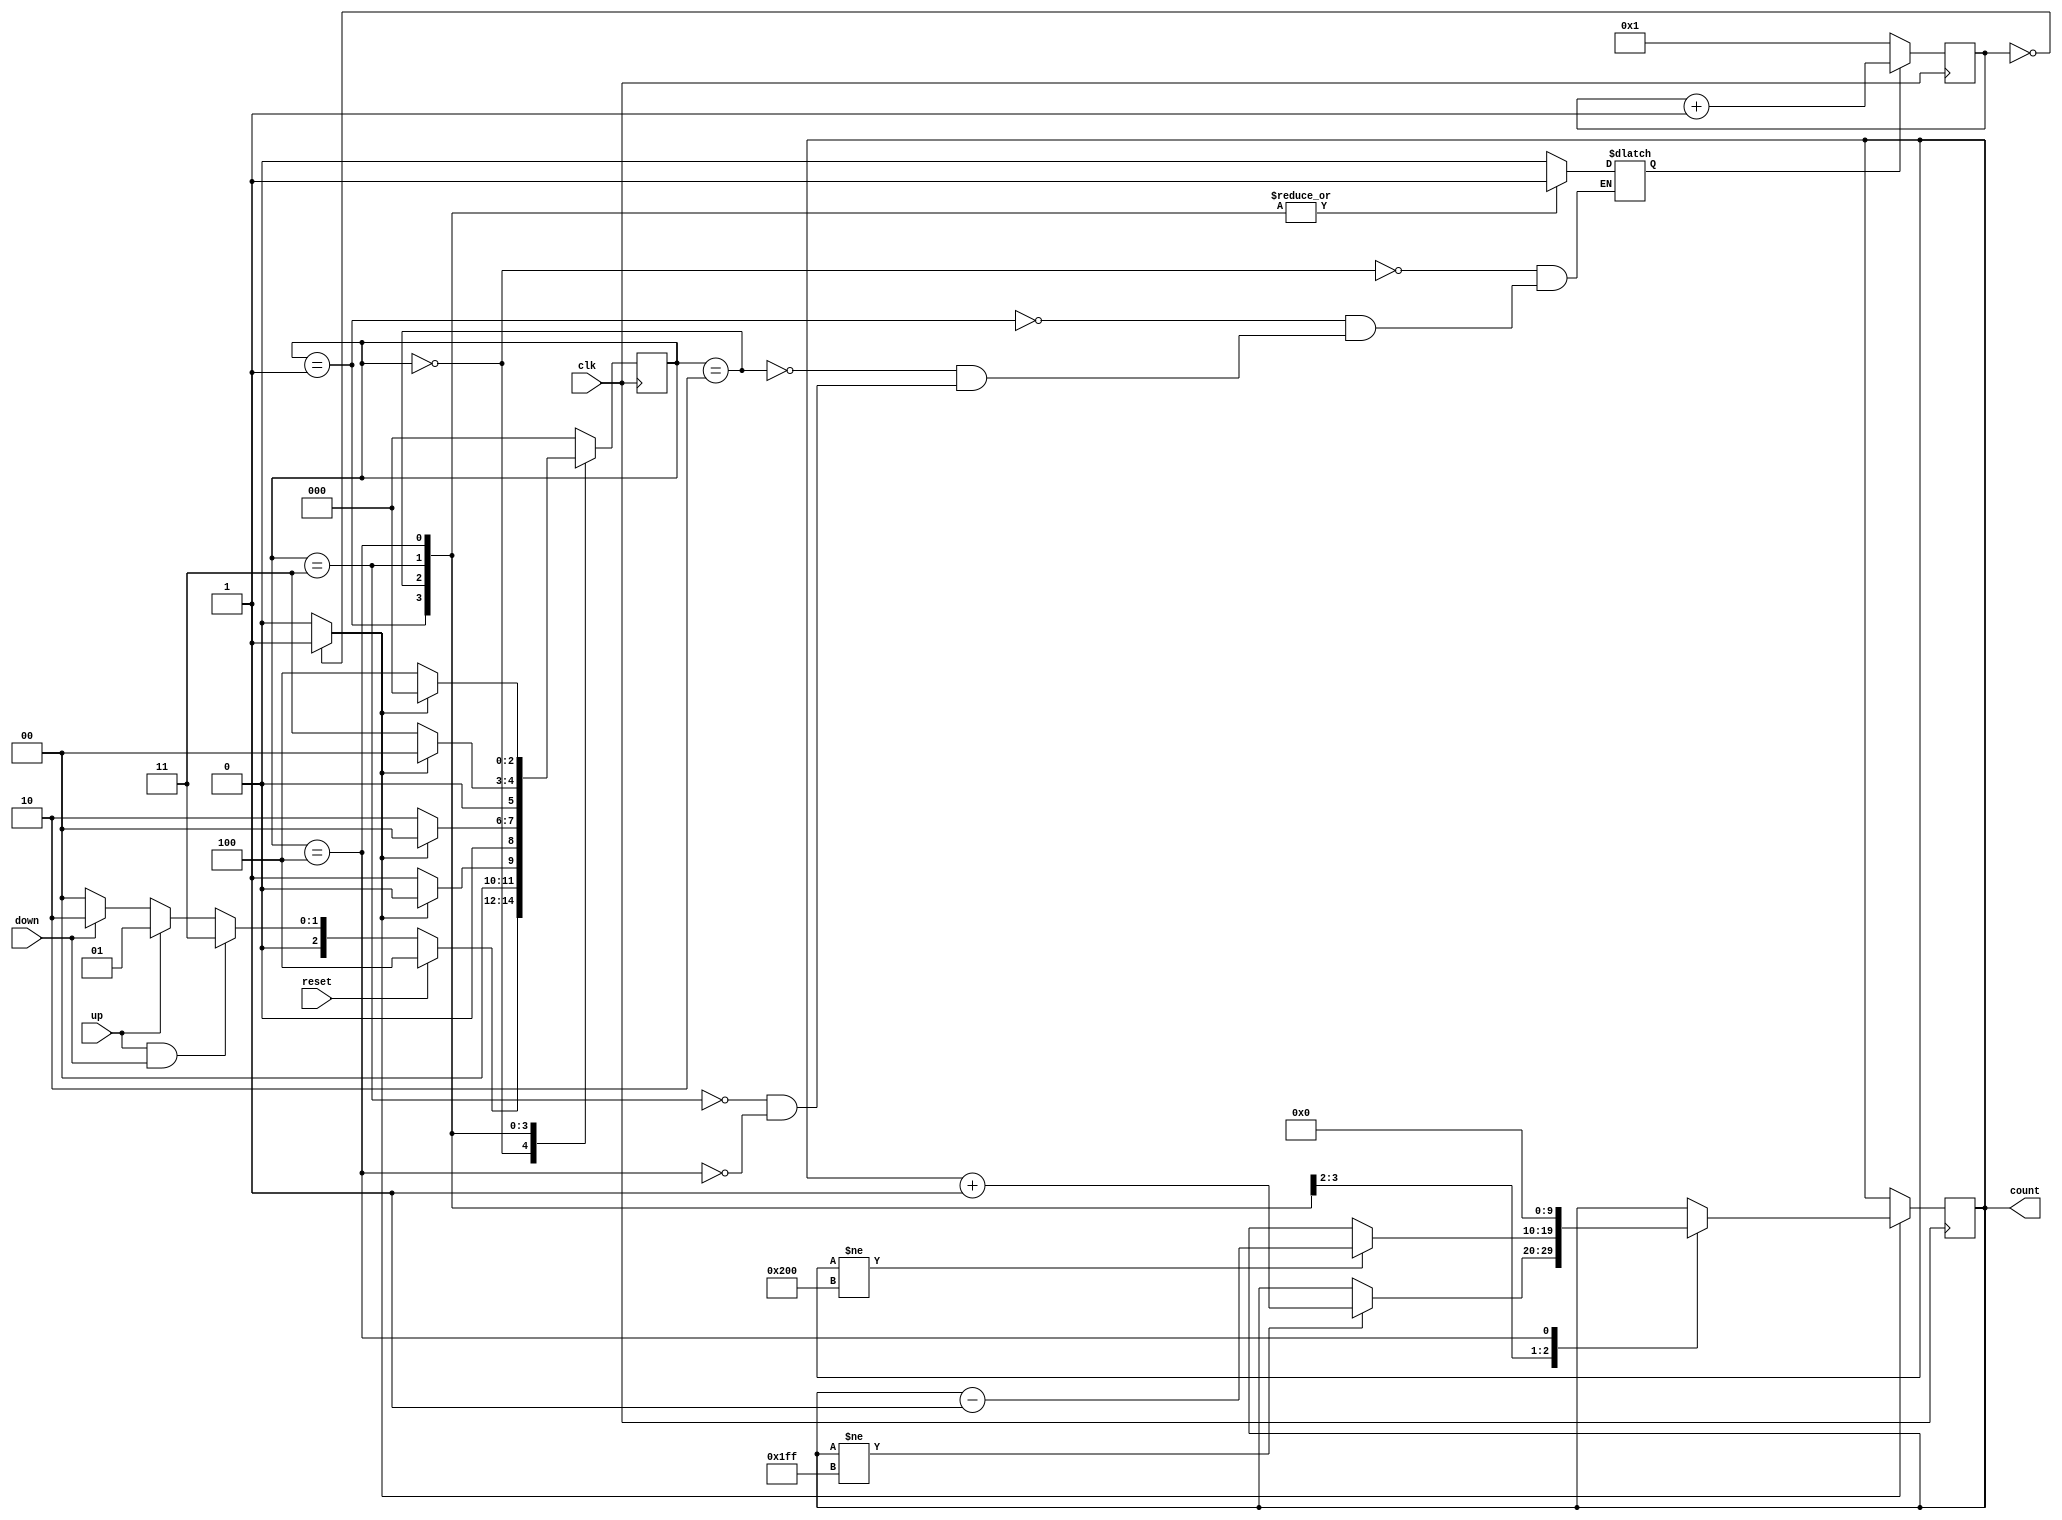
//
// Copyright (c) 2015 Thomas R. Murphy and Case Western Reserve University
// All Rights Reserved
//
// Developed by Thomas Russell Murphy (trm70) during employment as teaching
// assistant of EECS 301 at CWRU.
//
// THIS SOFTWARE IS PROVIDED BY THE COPYRIGHT HOLDERS AND CONTRIBUTORS ``AS IS''
// AND ANY EXPRESS OR IMPLIED WARRANTIES, INCLUDING, BUT NOT LIMITED TO, THE
// IMPLIED WARRANTIES OF MERCHANTABILITY AND FITNESS FOR A PARTICULAR PURPOSE ARE
// DISCLAIMED. IN NO EVENT SHALL THE COPYRIGHT HOLDER OR CONTRIBUTORS BE LIABLE FOR
// ANY DIRECT, INDIRECT, INCIDENTAL, SPECIAL, EXEMPLARY, OR CONSEQUENTIAL DAMAGES
// (INCLUDING, BUT NOT LIMITED TO, PROCUREMENT OF SUBSTITUTE GOODS OR SERVICES;
// LOSS OF USE, DATA, OR PROFITS; OR BUSINESS INTERRUPTION) HOWEVER CAUSED AND ON
// ANY THEORY OF LIABILITY, WHETHER IN CONTRACT, STRICT LIABILITY, OR TORT
// (INCLUDING NEGLIGENCE OR OTHERWISE) ARISING IN ANY WAY OUT OF THE USE OF THIS
// SOFTWARE, EVEN IF ADVISED OF THE POSSIBILITY OF SUCH DAMAGE.
//

module goal_counter
       (
           input clk,
           input up, down, reset,
           output reg signed [ 9: 0 ] count
       );

parameter input_wait = 3'd0;
parameter received_up = 3'd1;
parameter received_down = 3'd2;
parameter received_both = 3'd3;
parameter received_reset = 3'd4;

// 10-bit two's complement max/min values for counter saturation
parameter MIN_COUNT = 10'b10_0000_0000;
parameter MAX_COUNT = 10'b01_1111_1111;

reg [ 20: 0 ] wait_counter; //
reg [ 2: 0 ] state, next_state;

reg active_counter;

wire wait_over;

assign wait_over = ( wait_counter == 1'b0 ) ? 1'b1 : 1'b0;

initial begin
    state <= input_wait;
end

always @( posedge clk ) begin
    state <= next_state;

    if ( active_counter ) begin
        wait_counter <= wait_counter + 1'b1;
    end
    else begin
        wait_counter <= 1'b1;
    end

    if ( wait_over ) begin
        case ( state )
            received_up: begin
                if ( count != MAX_COUNT ) begin
                    count <= count + 1'b1;
                end
                else begin
                    count <= count; // Saturate
                end
            end
            received_down: begin
                if ( count != MIN_COUNT ) begin
                    count <= count - 1'b1;
                end
                else begin
                    count <= count; // Saturate
                end
            end
            received_reset: begin
                count <= 1'b0;
            end
            default: begin
                count <= count;
            end
        endcase
    end
    else begin
        count <= count;
    end
end

// Combinational next-state calculation
always @( state, up, down, reset, wait_over ) begin
    case ( state )
        input_wait: begin
            if ( reset ) begin
                next_state = received_reset;
            end
            else if ( up && down ) begin
                next_state = received_both;
            end
            else if ( up ) begin
                next_state = received_up;
            end
            else if ( down ) begin
                next_state = received_down;
            end
            else begin
                next_state = input_wait;
            end
        end
        received_up: begin
            if ( wait_over ) begin
                next_state = input_wait;
            end
            else begin
                next_state = received_up;
            end
        end
        received_down: begin
            if ( wait_over ) begin
                next_state = input_wait;
            end
            else begin
                next_state = received_down;
            end
        end
        received_both: begin
            if ( wait_over ) begin
                next_state = input_wait;
            end
            else begin
                next_state = received_both;
            end
        end
        received_reset: begin
            if ( wait_over ) begin
                next_state = input_wait;
            end
            else begin
                next_state = received_reset;
            end
        end
        default: begin
            next_state = input_wait;
        end
    endcase
end

// Combinational output calculation
always @( state ) begin
    case ( state )
        input_wait: begin
            active_counter = 1'b0;
        end
        received_up: begin
            active_counter = 1'b1;
        end
        received_down: begin
            active_counter = 1'b1;
        end
        received_both: begin
            active_counter = 1'b1;
        end
        received_reset: begin
            active_counter = 1'b1;
        end
    endcase
end

endmodule